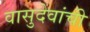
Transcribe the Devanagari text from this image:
वासुदेवांची